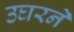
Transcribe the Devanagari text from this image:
उघरने